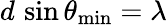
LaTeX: d\, \sin\theta_{\mathrm{min}}=\lambda